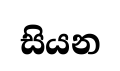
සියන